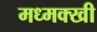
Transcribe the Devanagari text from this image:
मध्मक्खी